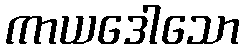
ကာယဒေါသော